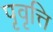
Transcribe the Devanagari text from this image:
पृवृत्ति